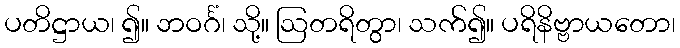
ပတိဋ္ဌာယ၊ ၍။ ဘဝင်္ဂံ၊ သို့။ ဩတရိတွာ၊ သက်၍။ ပရိနိဗ္ဗာယတော၊